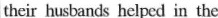
their husbands helped in the